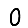
Digit: 0